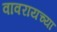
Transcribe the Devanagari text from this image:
वावरायच्या